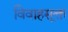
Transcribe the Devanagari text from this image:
विवाहसूक्त